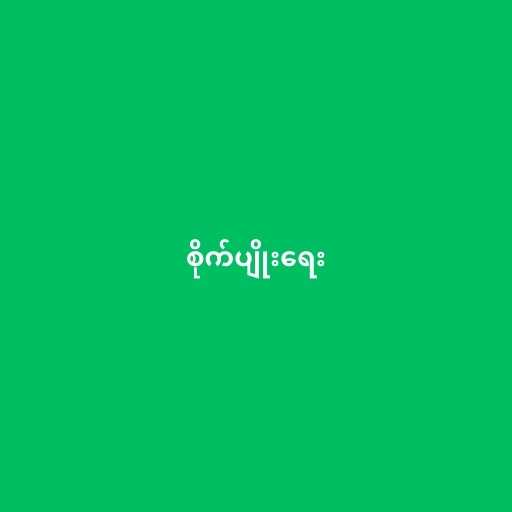
စိုက်ပျိုးရေး